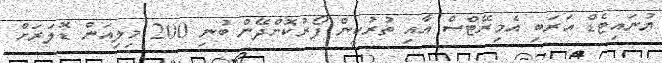
ޔުނައިޓެޑް އަރަބި އެމިރޭޓްސް އާއި ތުރުކީން ފޯރުކޮށްދޭން ބުނި 200 މިލިއަން ޑޮލަރަށް